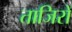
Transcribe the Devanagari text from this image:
ताजिरों